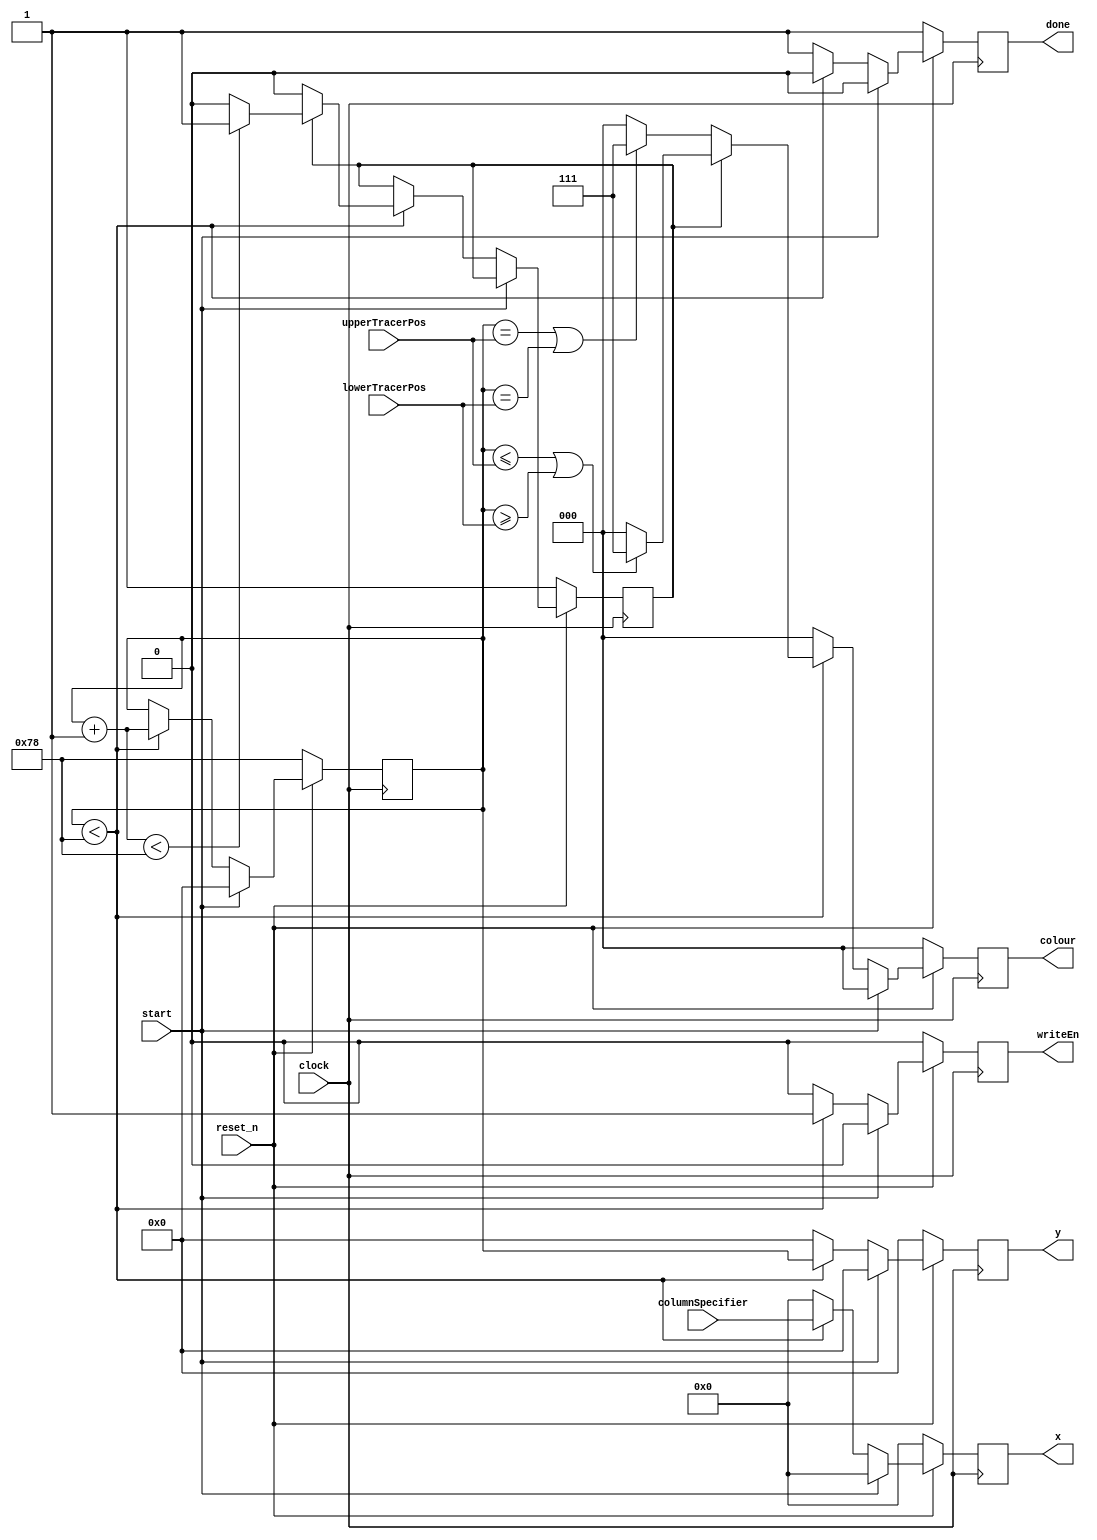


//The hallwayDrawer module.
module hallwayDrawer(input start,
							input [7:0] columnSpecifier,
							input [6:0] upperTracerPos, lowerTracerPos,
							input clock, reset_n,
							output reg [7:0] x, output reg [6:0] y,
							output reg [2:0] colour, output reg writeEn,
							output reg done);
							
	//The yIteration counter, used to iterate through every pixel in a specified column.
	reg [6:0] yIteration;
	
	//The "firstTime" flag, used to specify slightly different behaviour when drawing the first column.
	reg firstTime;
	
	//The behaviour of the module.
	always@(posedge clock)
	begin
		if (reset_n == 0)
		begin
			yIteration <= 7'b1111000;
			firstTime <= 1;
			x <= 8'b00000000;
			y <= 7'b0000000;
			colour <= 3'b000;
			writeEn <= 0;
			done <= 1;
		end
		else
		begin
			if (start == 1)
			begin
				yIteration <= 7'b0000000;
				firstTime <= firstTime;
				x <= 8'b00000000;
				y <= 7'b0000000;
				colour <= 3'b000;
				writeEn <= 0;
				done <= 0;
			end
			else
			begin
				if (yIteration < 7'b1111000)
				begin
					if (firstTime == 1)
					begin
						if ( (yIteration <= upperTracerPos) || (yIteration >= lowerTracerPos) )
						begin
							x = columnSpecifier;
							y = yIteration;
							colour <= 3'b111;
							writeEn <= 1;
							done <= 0;
							yIteration = yIteration + 1;
							firstTime = (yIteration < 7'b1111000) ? firstTime : 0;
						end
						else
						begin
							x = columnSpecifier;
							y = yIteration;
							colour <= 3'b000;
							writeEn <= 1;
							done <= 0;
							yIteration = yIteration + 1;
							firstTime = (yIteration < 7'b1111000) ? firstTime : 0;
						end
					end
					else
					begin
						if ( (yIteration == upperTracerPos) || (yIteration == lowerTracerPos) )
						begin
							x = columnSpecifier;
							y = yIteration;
							colour <= 3'b111;
							writeEn <= 1;
							done <= 0;
							firstTime <= firstTime;
							yIteration = yIteration + 1;
						end
						else
						begin
							x = columnSpecifier;
							y = yIteration;
							colour <= 3'b000;
							writeEn <= 1;
							done <= 0;
							firstTime <= firstTime;
							yIteration = yIteration + 1;
						end
					end
				end
				else
				begin
					done <= 1;
					yIteration <= yIteration;
					x <= 8'b00000000;
					y <= 7'b0000000;
					colour <= 3'b000;
					writeEn <= 0;
					firstTime <= firstTime;
				end
			end
		end
	end
endmodule